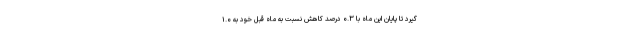
گیرد تا پایان این ماه با ۰.۳ درصد کاهش نسبت به ماه قبل خود به ۱.۰